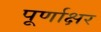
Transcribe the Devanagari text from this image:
पूर्णाक्षर